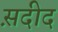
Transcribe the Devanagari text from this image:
स़दीद